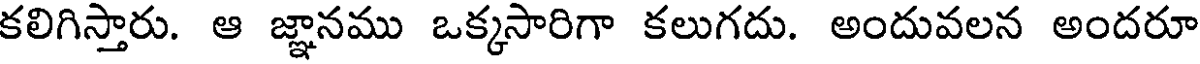
కలిగిస్తారు. ఆ జ్ఞానము ఒక్కసారిగా కలుగదు. అందువలన అందరూ